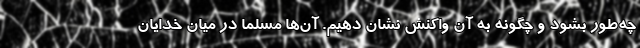
چه‌طور بشود و چگونه به آن واکنش نشان دهیم. آن‌ها مسلماً در میان خدایان